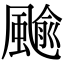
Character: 䬔